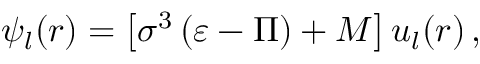
\psi _ { l } ( r ) = \left[ \sigma ^ { 3 } \left( \varepsilon - \Pi \right) + M \right] u _ { l } ( r ) \, ,